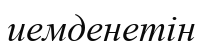
иемденетін